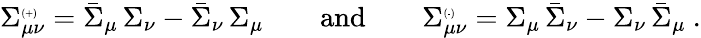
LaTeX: \begin{array}{r}{\Sigma_{\mu\nu}^{\textrm{\tiny(+)}}=\bar{\Sigma}_{\mu}\, \Sigma_{\nu}-\bar{\Sigma}_{\nu}\, \Sigma_{\mu}\qquad\mathrm{and}\qquad\Sigma_{\mu\nu}^{\textrm{\tiny(-)}}=\Sigma_{\mu}\, \bar{\Sigma}_{\nu}-\Sigma_{\nu}\, \bar{\Sigma}_{\mu}\ .}\end{array}